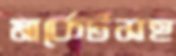
মার্কেটসহ